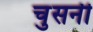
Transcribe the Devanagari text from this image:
चुसनी